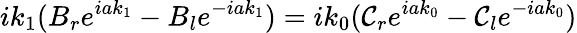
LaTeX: ik_{1}(B_{r}e^{iak_{1}}-B_{l}e^{-iak_{1}})=ik_{0}(\mathcal{C}_{r}e^{iak_{0}}-\mathcal{C}_{l}e^{-iak_{0}})